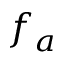
f _ { a }